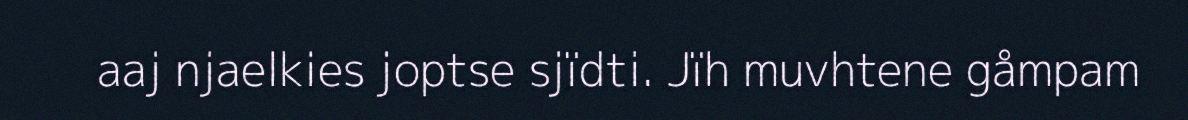
aaj njaelkies joptse sjïdti. Jïh muvhtene gåmpam